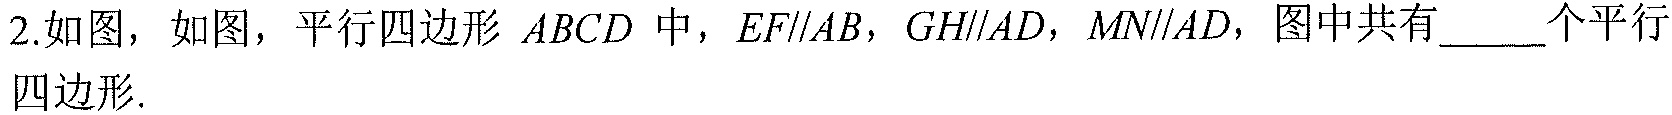
2.如图，如图，平行四边形 \(ABCD\) 中，\(EF\parallel AB\)，\(GH\parallel AD\)，\(MN\parallel AD\)，图中共有_____个平行四边形.